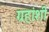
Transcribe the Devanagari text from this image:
ग्रहांशी